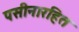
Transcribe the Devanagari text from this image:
पसीनारहित